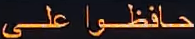
حافظوا علي